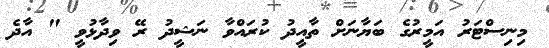
މިނިސްޓަރު އަމީރުގެ ބަޔާނަށް ތާއީދު ކުރައްވާ ނަޝީދު ރޭ ވިދާޅުވީ " އާދެ